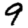
Digit: 9